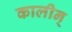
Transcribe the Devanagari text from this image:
कालीन्